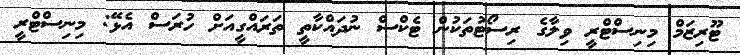
ޓޫރިޒަމް މިނިސްޓްރީ ވިލާގެ ރިސޯޓުތަކުން ޓެކްސް ނުދައްކާތީ ތަރައްގީއަށް ހުރަސް އެޅޭ: މިނިސްޓްރީ